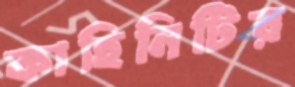
কাহিনিটির